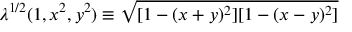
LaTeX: \lambda ^ { 1 / 2 } ( 1 , x ^ { 2 } , y ^ { 2 } ) \equiv \sqrt { [ 1 - ( x + y ) ^ { 2 } ] [ 1 - ( x - y ) ^ { 2 } ] }